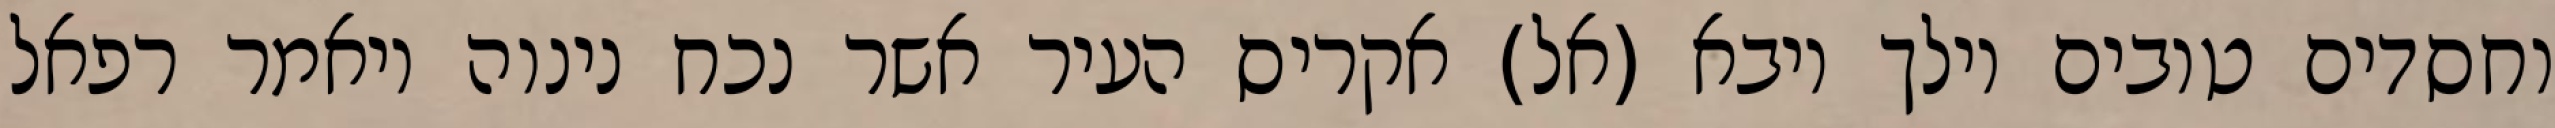
וחסדים טובים וילך ויבא (אל) אקריס העיר אשר נכח נינוה ויאמר רפאל